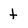
Character: t